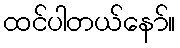
ထင်ပါတယ်နော်။